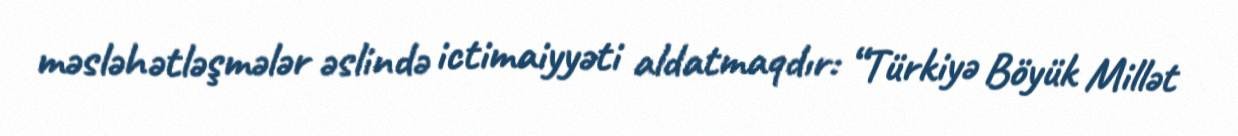
məsləhətləşmələr əslində ictimaiyyəti aldatmaqdır: “Türkiyə Böyük Millət